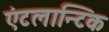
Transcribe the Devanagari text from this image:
एंटलान्टिक